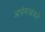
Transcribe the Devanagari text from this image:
आयेसआयने